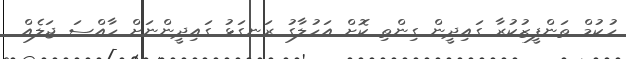
ހުކުމް ތަންފީޒުކުރާ ގައިދީން ގިންތި ކޮށް އަހުލާގު ރަނގަޅު ގައިދީންނަށް ހާއްސަ ޖަލެއް